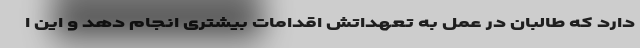
دارد که طالبان در عمل به تعهداتش اقدامات بیشتری انجام دهد و این ا